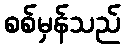
စစ်မှန်သည်